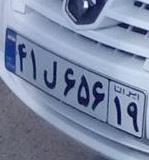
۴۱ل۶۵۶۱۹